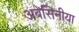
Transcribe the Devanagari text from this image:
अबेसिनीया